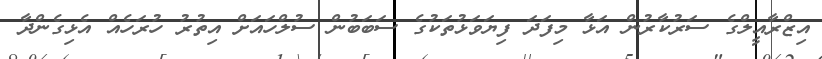
އިޒްރާއީލްގެ ސަރުކާރުން އަޅާ މިފަދަ ފިޔަވަޅުތަކުގެ ސަބަބުން ސުލްހައަށް އިތުރު ހުރަހެއް އެޅިގެންދާ